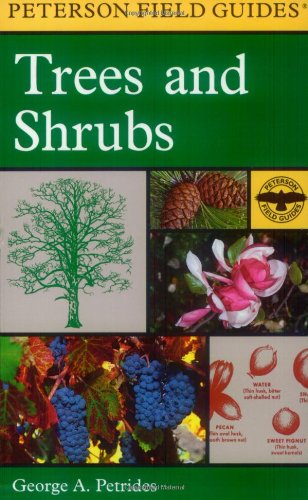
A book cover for A Field Guide to Trees and Shrubs: Northeastern and north-central United States and southeastern and south-centralCanada (Peterson Field Guides); George A. Petrides; Science & Math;